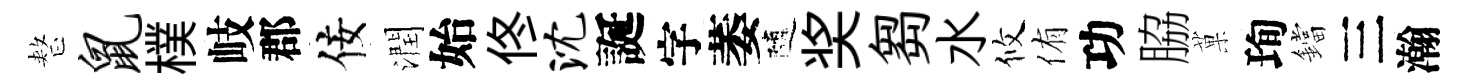
整鼠樸岐郡佞潤始佟沈誕字萎隨奖芻水攸侑功脇菓珣鐺三瀚